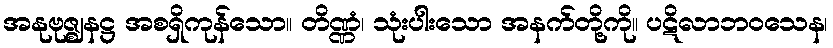
အနုဗုဇ္ဈနဋ္ဌ အစရှိကုန်သော။ တိဏ္ဏံ၊ သုံးပါးသော အနက်တို့ကို။ ပဋိလာဘဝသေန၊